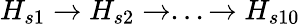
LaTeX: H_{s1}\rightarrow H_{s2}\rightarrow...\rightarrow H_{s10}